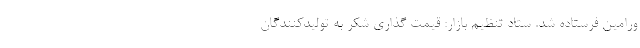
ورامین فرستاده شد. ستاد تنظیم بازار: قیمت گذاری شکر به تولیدکنندگان